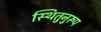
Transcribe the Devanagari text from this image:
स्थितुनुरूप